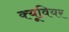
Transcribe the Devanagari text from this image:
क्यूवियर